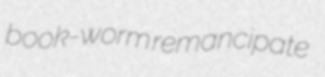
book-worm remancipate